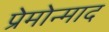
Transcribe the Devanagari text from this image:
प्रेमोन्माद